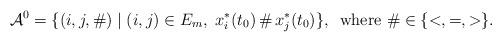
LaTeX: \begin{align*}\mathcal{A}^0 = \{ (i,j, \#) \mid (i,j) \in E_m, \; x_i^*(t_0) \, \# \, x_j^*(t_0) \}, \, \mbox{ where } \# \in \{<, = , > \}.\end{align*}